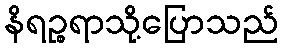
နိရဉ္စရာသို့ပြောသည်